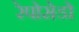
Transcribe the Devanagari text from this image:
रेपोसेडो